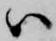
ハ